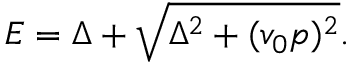
\begin{array} { r } { E = \Delta + \sqrt { \Delta ^ { 2 } + ( v _ { 0 } p ) ^ { 2 } } . } \end{array}